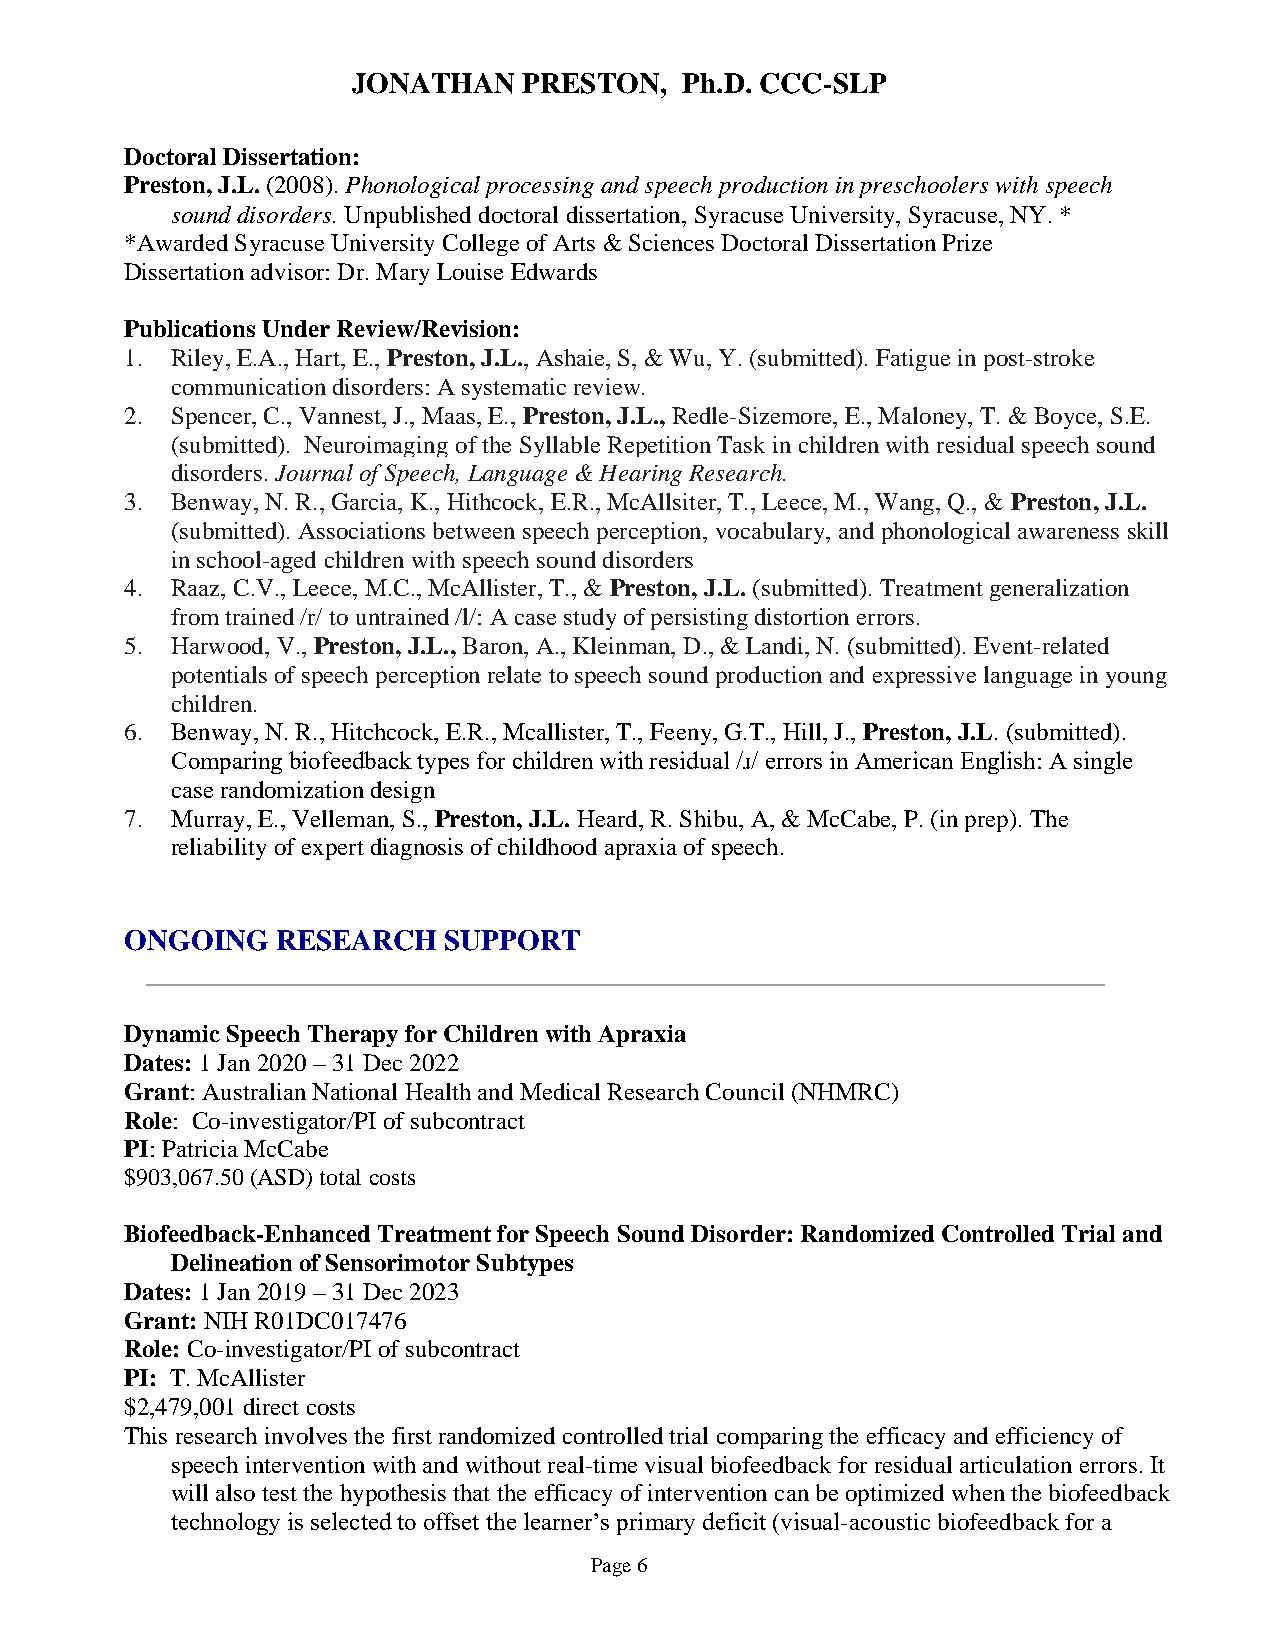
JONATHAN    PRESTON,  Ph.D. CCC-SLP
 Doctoral Dissertation:
 Preston, J.L. (2008). Phonological processing and speech production in preschoolers with speech
 sound disorders. Unpublished doctoral dissertation, Syracuse University, Syracuse, NY. *
 *Awarded Syracuse University College of Arts & Sciences Doctoral Dissertation Prize
 Dissertation advisor: Dr. Mary Louise Edwards
 Publications Under Review/Revision:
 1. Riley, E.A., Hart, E., Preston, J.L., Ashaie, S, & Wu, Y. (submitted). Fatigue in post-stroke
 communication disorders: A systematic review.
 2. Spencer, C., Vannest, J., Maas, E., Preston, J.L., Redle-Sizemore, E., Maloney, T. & Boyce, S.E.
 (submitted). Neuroimaging of the Syllable Repetition Task in children with residual speech sound
 disorders. Journal of Speech, Language & Hearing Research.
 3. Benway, N. R., Garcia, K., Hithcock, E.R., McAllsiter, T., Leece, M., Wang, Q., & Preston, J.L.
 (submitted). Associations between speech perception, vocabulary, and phonological awareness skill
 in school-aged children with speech sound disorders
 4. Raaz, C.V., Leece, M.C., McAllister, T., & Preston, J.L. (submitted). Treatment generalization
 from trained /r/ to untrained /l/: A case study of persisting distortion errors.
 5. Harwood, V., Preston, J.L., Baron, A., Kleinman, D., & Landi, N. (submitted). Event-related
 potentials of speech perception relate to speech sound production and expressive language in young
 children.
 6. Benway, N. R., Hitchcock, E.R., Mcallister, T., Feeny, G.T., Hill, J., Preston, J.L. (submitted).
 Comparing biofeedback types for children with residual /ɹ/ errors in American English: A single
 case randomization design
 7. Murray, E., Velleman, S., Preston, J.L. Heard, R. Shibu, A, & McCabe, P. (in prep). The
 reliability of expert diagnosis of childhood apraxia of speech.
 ONGOING   RESEARCH   SUPPORT
 Dynamic Speech Therapy for Children with Apraxia
 Dates: 1 Jan 2020 – 31 Dec 2022
 Grant: Australian National Health and Medical Research Council (NHMRC)
 Role: Co-investigator/PI of subcontract
 PI: Patricia McCabe
 $903,067.50 (ASD) total costs
 Biofeedback-Enhanced Treatment for Speech Sound Disorder: Randomized Controlled Trial and
 Delineation of Sensorimotor Subtypes
 Dates: 1 Jan 2019 – 31 Dec 2023
 Grant: NIH R01DC017476
 Role: Co-investigator/PI of subcontract
 PI: T. McAllister
 $2,479,001 direct costs
 This research involves the first randomized controlled trial comparing the efficacy and efficiency of
 speech intervention with and without real-time visual biofeedback for residual articulation errors. It
 will also test the hypothesis that the efficacy of intervention can be optimized when the biofeedback
 technology is selected to offset the learner’s primary deficit (visual-acoustic biofeedback for a
 Page 6